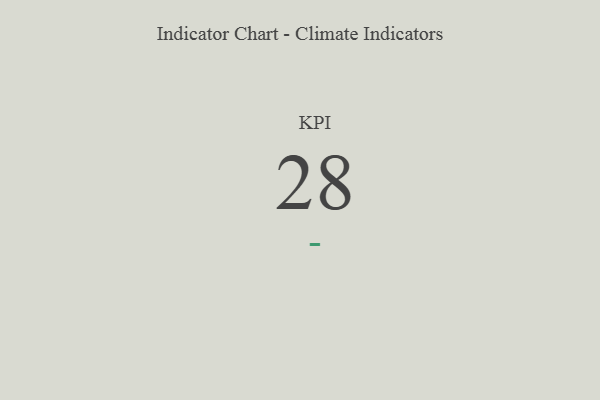
{"axis": {"x": "KPI", "y": "Value"}, "legend": [""], "data": [{"x": "KPI", "y": 28, "type": ""}]}